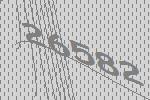
26582